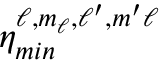
\eta _ { m i n } ^ { \ell , m _ { \ell } , \ell ^ { \prime } , m ^ { \prime } \ell }